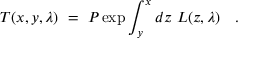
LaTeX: T ( x , y , \lambda ) ~ = ~ P \exp \int _ { y } ^ { x } d z ~ L ( z , \lambda ) ~ ~ ~ .